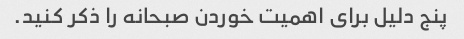
پنج دلیل برای اهمیت خوردن صبحانه را ذکر کنید.